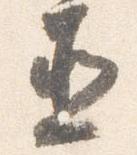
直